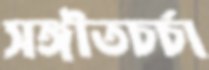
সঙ্গীতচর্চা